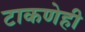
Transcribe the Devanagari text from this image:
टाकणेही